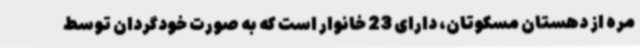
مره از دهستان مسکوتان، دارای 23 خانوار است که به صورت خودگردان توسط